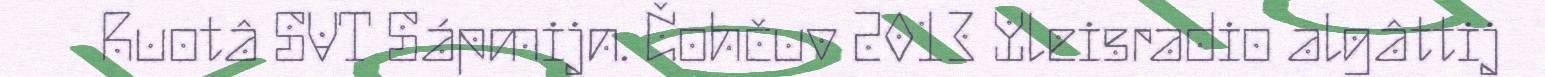
Ruotâ SVT Sápmijn. Čohčuv 2013 Yleisradio algâttij